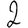
Digit: 2